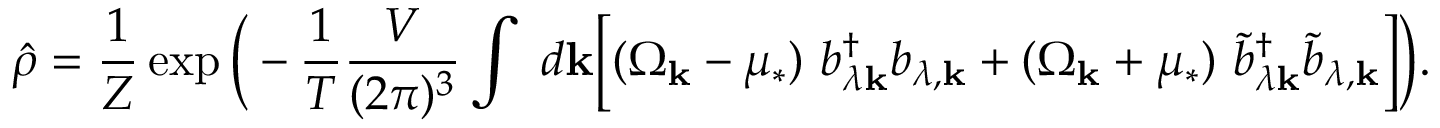
\hat { \rho } = \frac 1 Z \exp \bigg ( - \frac 1 T \frac { V } { ( 2 \pi ) ^ { 3 } } \int ~ d { \bf k } \Bigl [ ( \Omega _ { \bf k } - \mu _ { * } ) ~ b _ { \lambda { \bf k } } ^ { \dagger } b _ { \lambda , { \bf k } } + ( \Omega _ { \bf k } + \mu _ { * } ) ~ { \tilde { b } } _ { \lambda { \bf k } } ^ { \dagger } { \tilde { b } } _ { \lambda , { \bf k } } \Bigr ] \bigg ) .